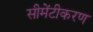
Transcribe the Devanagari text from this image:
सीमेंटीकरण